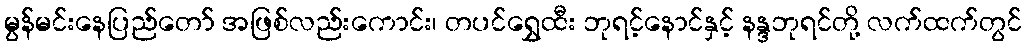
မွန်မင်းနေပြည်တော် အဖြစ်လည်းကောင်း၊ တပင်ရွှေထီး ဘုရင့်နောင်နှင့် နန္ဒဘုရင်တို့ လက်ထက်တွင်